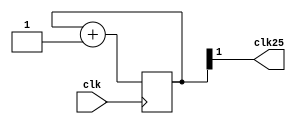
`timescale 1ns / 1ps
//////////////////////////////////////////////////////////////////////////////////
// Company: 
// Engineer: 
// 
// Design Name: 
// Module Name: ClockDivider
// Project Name: 
// Target Devices: 
// Tool Versions: 
// Description: 
// 
// Dependencies: 
// 
// Revision:
// Revision 0.01 - File Created
// Additional Comments:
// 
//////////////////////////////////////////////////////////////////////////////////


module ClockDivider(
    input clk,
    output clk25
    // output clk01_ms,
    // output clk5_ms,
    // output clk10_ms,
    // output clk100_ms,
    // output clk1_s,
    // output clk2_s
);

reg [31:0] q = 0;
always @(posedge clk)
 q <= q + 1;
assign clk25 = q[1]; //25Mhz     //
// assign clk01_ms=q[13];//1000hz
// assign clk5_ms = q[18];//200hz
// assign clk10_ms=q[19];//100hz
// assign clk100_ms=q[23];//10hz
// assign clk1_s = q[25];//1hz
// assign clk2_s = q[26];//0.5hz
endmodule